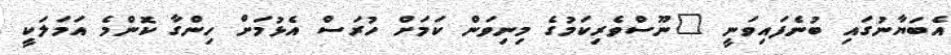
އެބަޔާނުގައި ބުނެފައިވަނީ "ނޫސްވެރިކަމުގެ މިނިވަން ކަމަށް ހުރަސް އެޅުމަށް ހިންގާ ކޮންމެ އަމަލަކީ